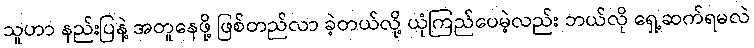
သူဟာ နည်းပြနဲ့ အတူနေဖို့ ဖြစ်တည်လာ ခဲ့တယ်လို့ ယုံကြည်ပေမဲ့လည်း ဘယ်လို ရှေ့ဆက်ရမလဲ